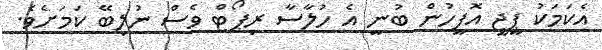
އެކަމަކު ޕީޖީ އޮފީހުން ބުނީ އެ ހުލާސާ ރިޕޯޓް ވެސް ނުލިބޭ ކަމަށެވެ.